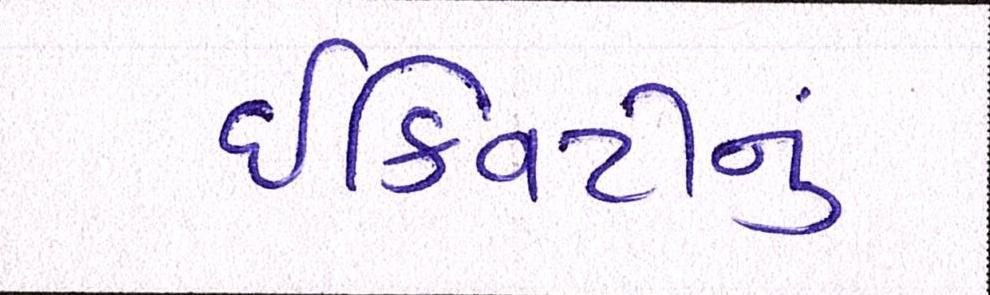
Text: ઈક્વિટીનું